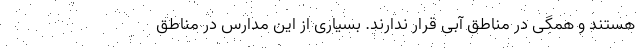
هستند و همگی در مناطق آبی قرار ندارند. بسیاری از این مدارس در مناطق